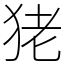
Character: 狫